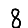
Digit: 8